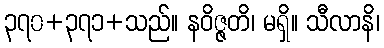
၃၇၀+၃၇၁+သည်။ နဝိဇ္ဇတိ၊ မရှိ။ သီလာနိ၊